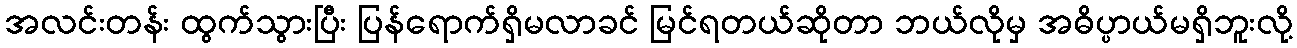
အလင်းတန်း ထွက်သွားပြီး ပြန်ရောက်ရှိမလာခင် မြင်ရတယ်ဆိုတာ ဘယ်လိုမှ အဓိပ္ပာယ်မရှိဘူးလို့